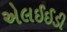
એલઈઈડી